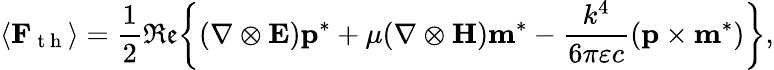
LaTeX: \langle\mathbf{F}_{\mathrm{~t~h~}}\rangle=\frac{1}{2}\mathfrak{Re}\bigg\{ (\mathbf{\nabla}\otimes\mathbf{E})\mathbf{p}^{*}+\mu(\mathbf{\nabla}\otimes\mathbf{H})\mathbf{m}^{*}-\frac{k^{4}}{6\pi\varepsilon c}(\mathbf{p}\times\mathbf{m}^{*})\bigg\} ,